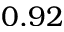
0 . 9 2